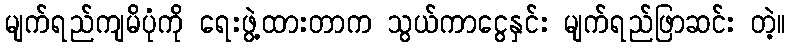
မျက်ရည်ကျမိပုံကို ရေးဖွဲ့ထားတာက သွယ်ကာငွေနှင်း မျက်ရည်ဖြာဆင်း တဲ့။